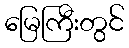
မြေကြီးတွင်